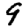
Digit: 9